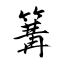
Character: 篝